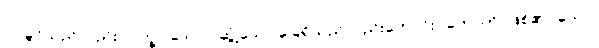
ဝါ၊ ခွင်သည်လည်း။ ပက္ခပါဒေါ ဝါ၊ ဆွံ့သော ခြေရှိသည်လည်းကောင်း။ ဟောတိ၊ ဖြစ်၏။ သော၊